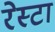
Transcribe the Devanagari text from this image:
रेस्टा